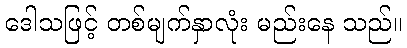
ဒေါသဖြင့် တစ်မျက်နှာလုံး မည်းနေ သည်။